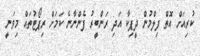
ކުރިއަށް އޮތް ފިލްމުން ދީޕިކާ އަދި ރަންބީރު ފެންނާނެ ކަމަށް ރިޕޯޓުތައް މިވަނީ